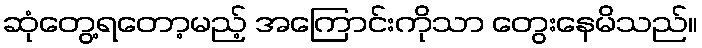
ဆုံတွေ့ရတော့မည့် အကြောင်းကိုသာ တွေးနေမိသည်။